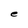
Character: e